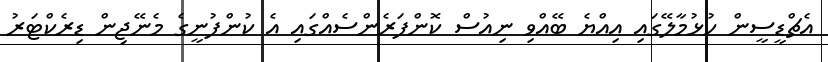
އެޗްޑީސީން ހުޅުމާލޭގައި އިއްޔެ ބޭއްވި ނިއުސް ކޮންފަރެންސެއްގައި އެ ކުންފުނީގެ މެނޭޖިން ޑިރެކްޓަރު